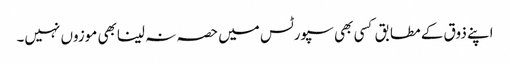
اپنے ذوق کے مطابق کسی بھی سپورٹس میں حصہ نہ لینابھی موزوں نہیں۔